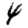
Digit: 4